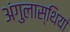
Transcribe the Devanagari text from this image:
अंगुलास्थियां